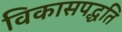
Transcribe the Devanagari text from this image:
विकासपद्धति